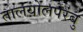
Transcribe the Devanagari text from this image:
तालयोलपेरंबु